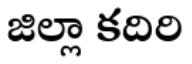
జిల్లా కదిరి